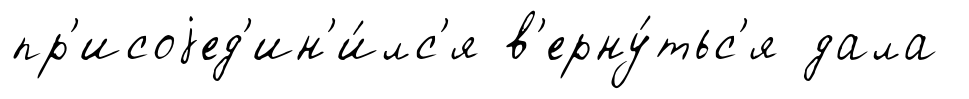
пр'исоjед'ин'и́лс'я в'ерну́тьс'я дала